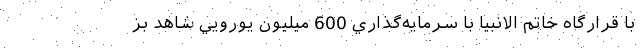
با قرارگاه خاتم الانبيا با سرمايه‌گذاري 600 ميليون يورویي شاهد بز